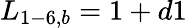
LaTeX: {L_{1-6,b}}=1+d1